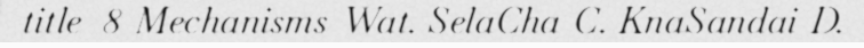
title=8-Mechanisms_Wat. SelaCha-C. KnaSandai-D.